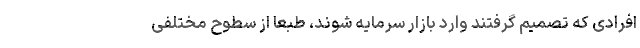
افرادی که تصمیم گرفتند وارد بازار سرمایه شوند، طبعاً از سطوح مختلفی